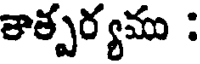
తాత్పర్యము :